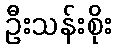
ဦးသန်းစိုး